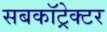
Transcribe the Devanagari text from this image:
सबकॉट्रेक्टर